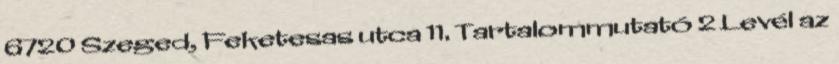
6720 Szeged, Feketesas utca 11. Tartalommutató 2 Levél az